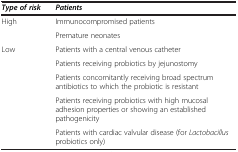
| Type of risk | Patients |
 | --- | --- |
 | High | Immunocompromised patients |
 |  | Premature neonates |
 | Low | Patients with a central venous catheter |
 |  | Patients receiving probiotics by jejunostomy |
 |  | Patients concomitantly receiving broad spectrum antibiotics to which the probiotic is resistant |
 |  | Patients receiving probiotics with high mucosal adhesion properties or showing an established pathogenicity |
 |  | Patients with cardiac valvular disease (for Lactobacillus probiotics only) |